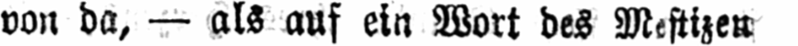
von da, - als auf ein Wort des Mestizen